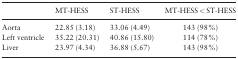
|  | MT-HESS | ST-HESS | MT-HESS < ST-HESS |
 | --- | --- | --- | --- |
 | Aorta | 22.85 (3.18) | 33.06 (4.49) | 143 (98%) |
 | Left ventricle | 35.22 (20.31) | 40.86 (15.80) | 114 (78%) |
 | Liver | 23.97 (4.34) | 36.88 (5.67) | 143 (98%) |